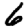
Digit: 6